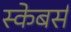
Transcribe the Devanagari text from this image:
स्केबर्स